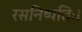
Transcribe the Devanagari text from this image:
रसनिष्पत्तिः।